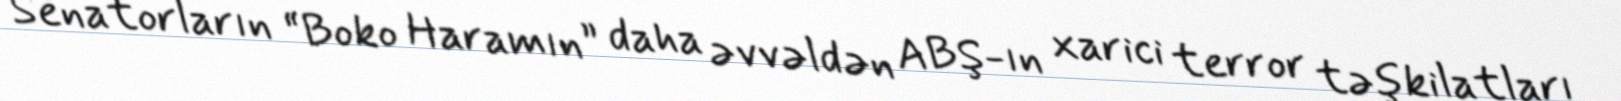
Senatorların “Boko Haramın” daha əvvəldən ABŞ-ın xarici terror təşkilatları